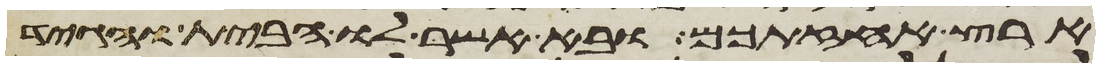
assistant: ארץ אחזתכם ובא אשר לו הבית והגיד